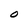
Character: O